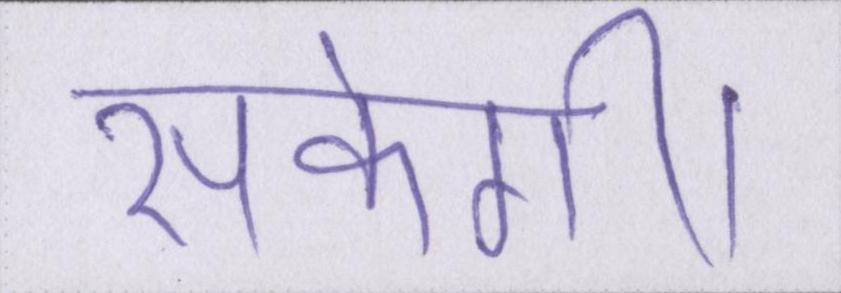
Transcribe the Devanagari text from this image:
सकेगी।